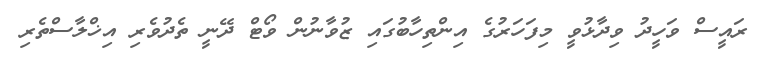
ރައީސް ވަހީދު ވިދާޅުވީ މިފަހަރުގެ އިންތިހާބުގައި ޒުވާނުން ވޯޓް ދޭނީ ތެދުވެރި އިޚްލާސްތެރި